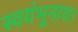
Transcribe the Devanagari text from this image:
स्वयंभूनाथ।